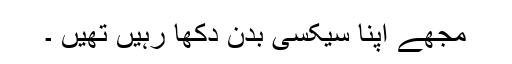
مجھے اپنا سیکسی بدن دکھا رہیں تھیں ۔